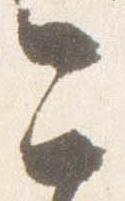
今